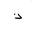
Letter: _thal